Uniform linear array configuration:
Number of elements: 32
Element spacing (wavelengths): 0.5
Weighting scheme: blackman
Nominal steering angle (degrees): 0
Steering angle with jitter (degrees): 0.7449
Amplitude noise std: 0.05
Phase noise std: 0.05

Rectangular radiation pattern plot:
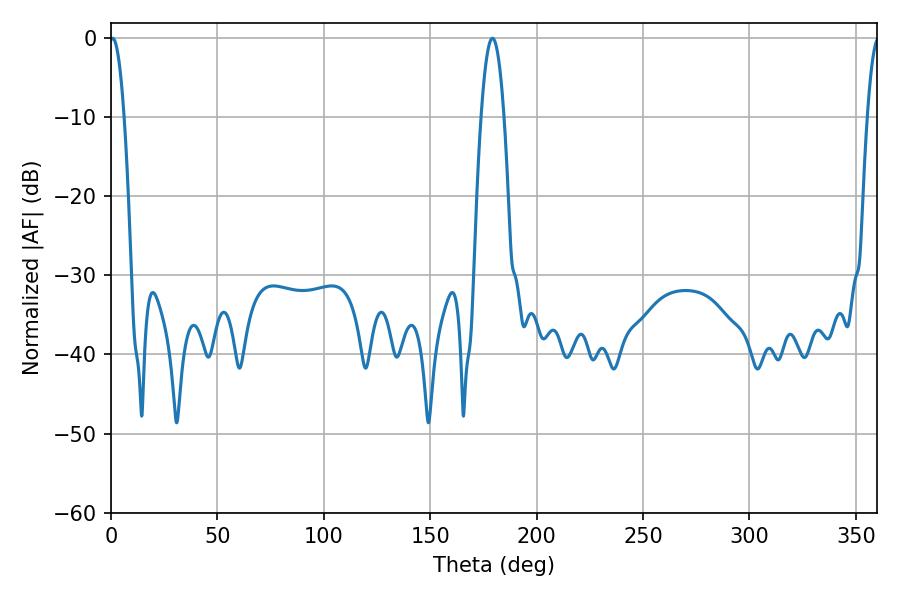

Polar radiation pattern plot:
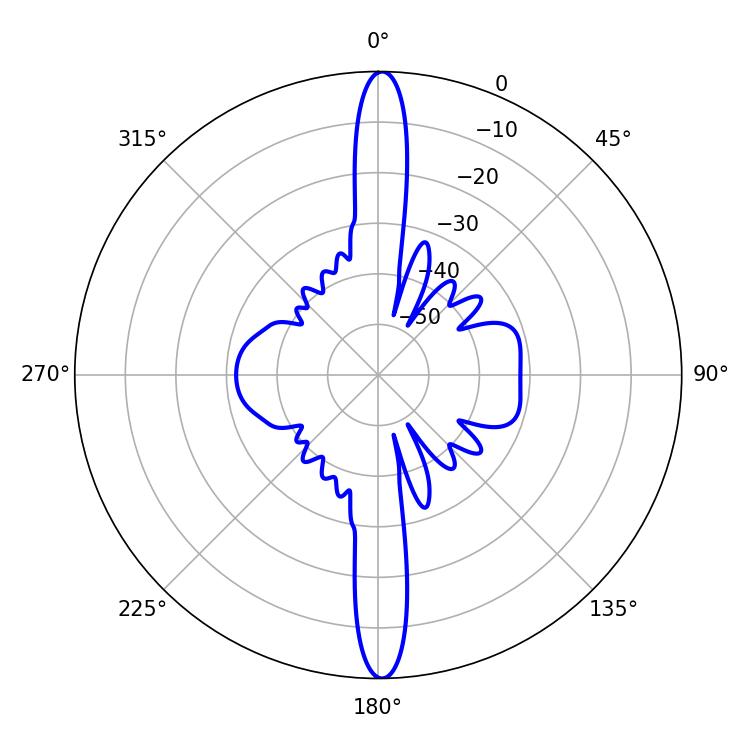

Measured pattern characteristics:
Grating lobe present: FALSE
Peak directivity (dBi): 28.125
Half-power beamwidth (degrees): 3.78
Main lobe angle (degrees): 0.72